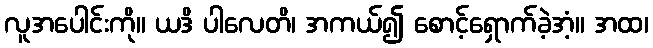
လူအပေါင်းကို။ ယဒိ ပါလေတိ၊ အကယ်၍ စောင့်ရှောက်ခဲ့အံ့။ အထ၊